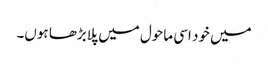
میں خود اسی ماحول میں پلابڑھا ہوں۔